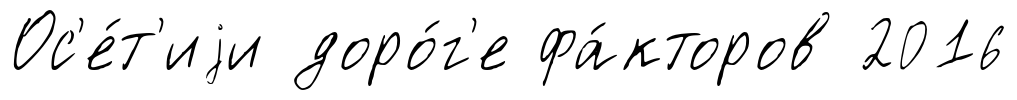
Ос'е́т'иjи доро́г'е фа́кторов 2016